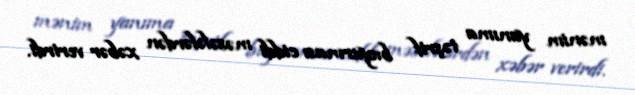
mənim yanıma təşrif buyurması ciddi məsələlərdən xəbər verirdi.